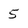
Character: 5